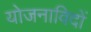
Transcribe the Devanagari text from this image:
योजनाविदों